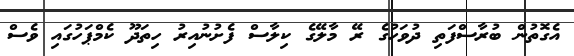
އެގޮތުން ބުރާސްފަތި ދުވަހުގެ ރޭ މާލޭގެ ކިލާސް ފެށުނުއިރު ހިތަދޫ ކެމްޕަހުގައި ވެސް